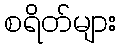
စရိတ်များ